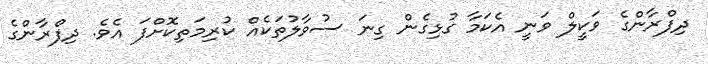
ދިފްރާންގެ ވަކީލް ވަނީ އެކަމާ ގުޅިގެން ގިނަ ސުވާލުތަކެއް ކުރިމަތިކޮށްފަ އެވެ. ދިފްރާންގެ